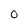
Character: O